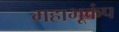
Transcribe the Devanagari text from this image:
महाभूकंप